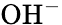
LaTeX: \mathrm{OH^{-}}